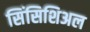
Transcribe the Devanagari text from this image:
सिंसिशिअल